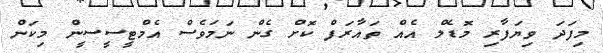
މިފަދަ ވިޔަފާރި މޮޑެލް އެއް ތައާރަފް ކޮށް ގެން ނަމަވެސް އެމްޓީސީސީން މިކަން